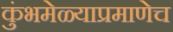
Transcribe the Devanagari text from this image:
कुंभमेळ्याप्रमाणेच